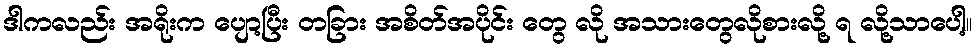
ဒါကလည်း အရိုးက ပျော့ပြီး တခြား အစိတ်အပိုင်း တွေ လို အသားတွေလိုစားလို့ ရ လို့သာပေါ့။